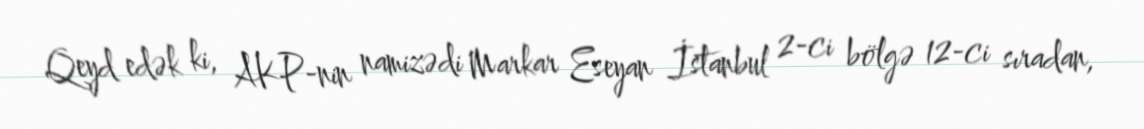
Qeyd edək ki, AKP-nin namizədi Markar Eseyan İstanbul 2-ci bölgə 12-ci sıradan,